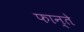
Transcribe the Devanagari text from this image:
फान्ते